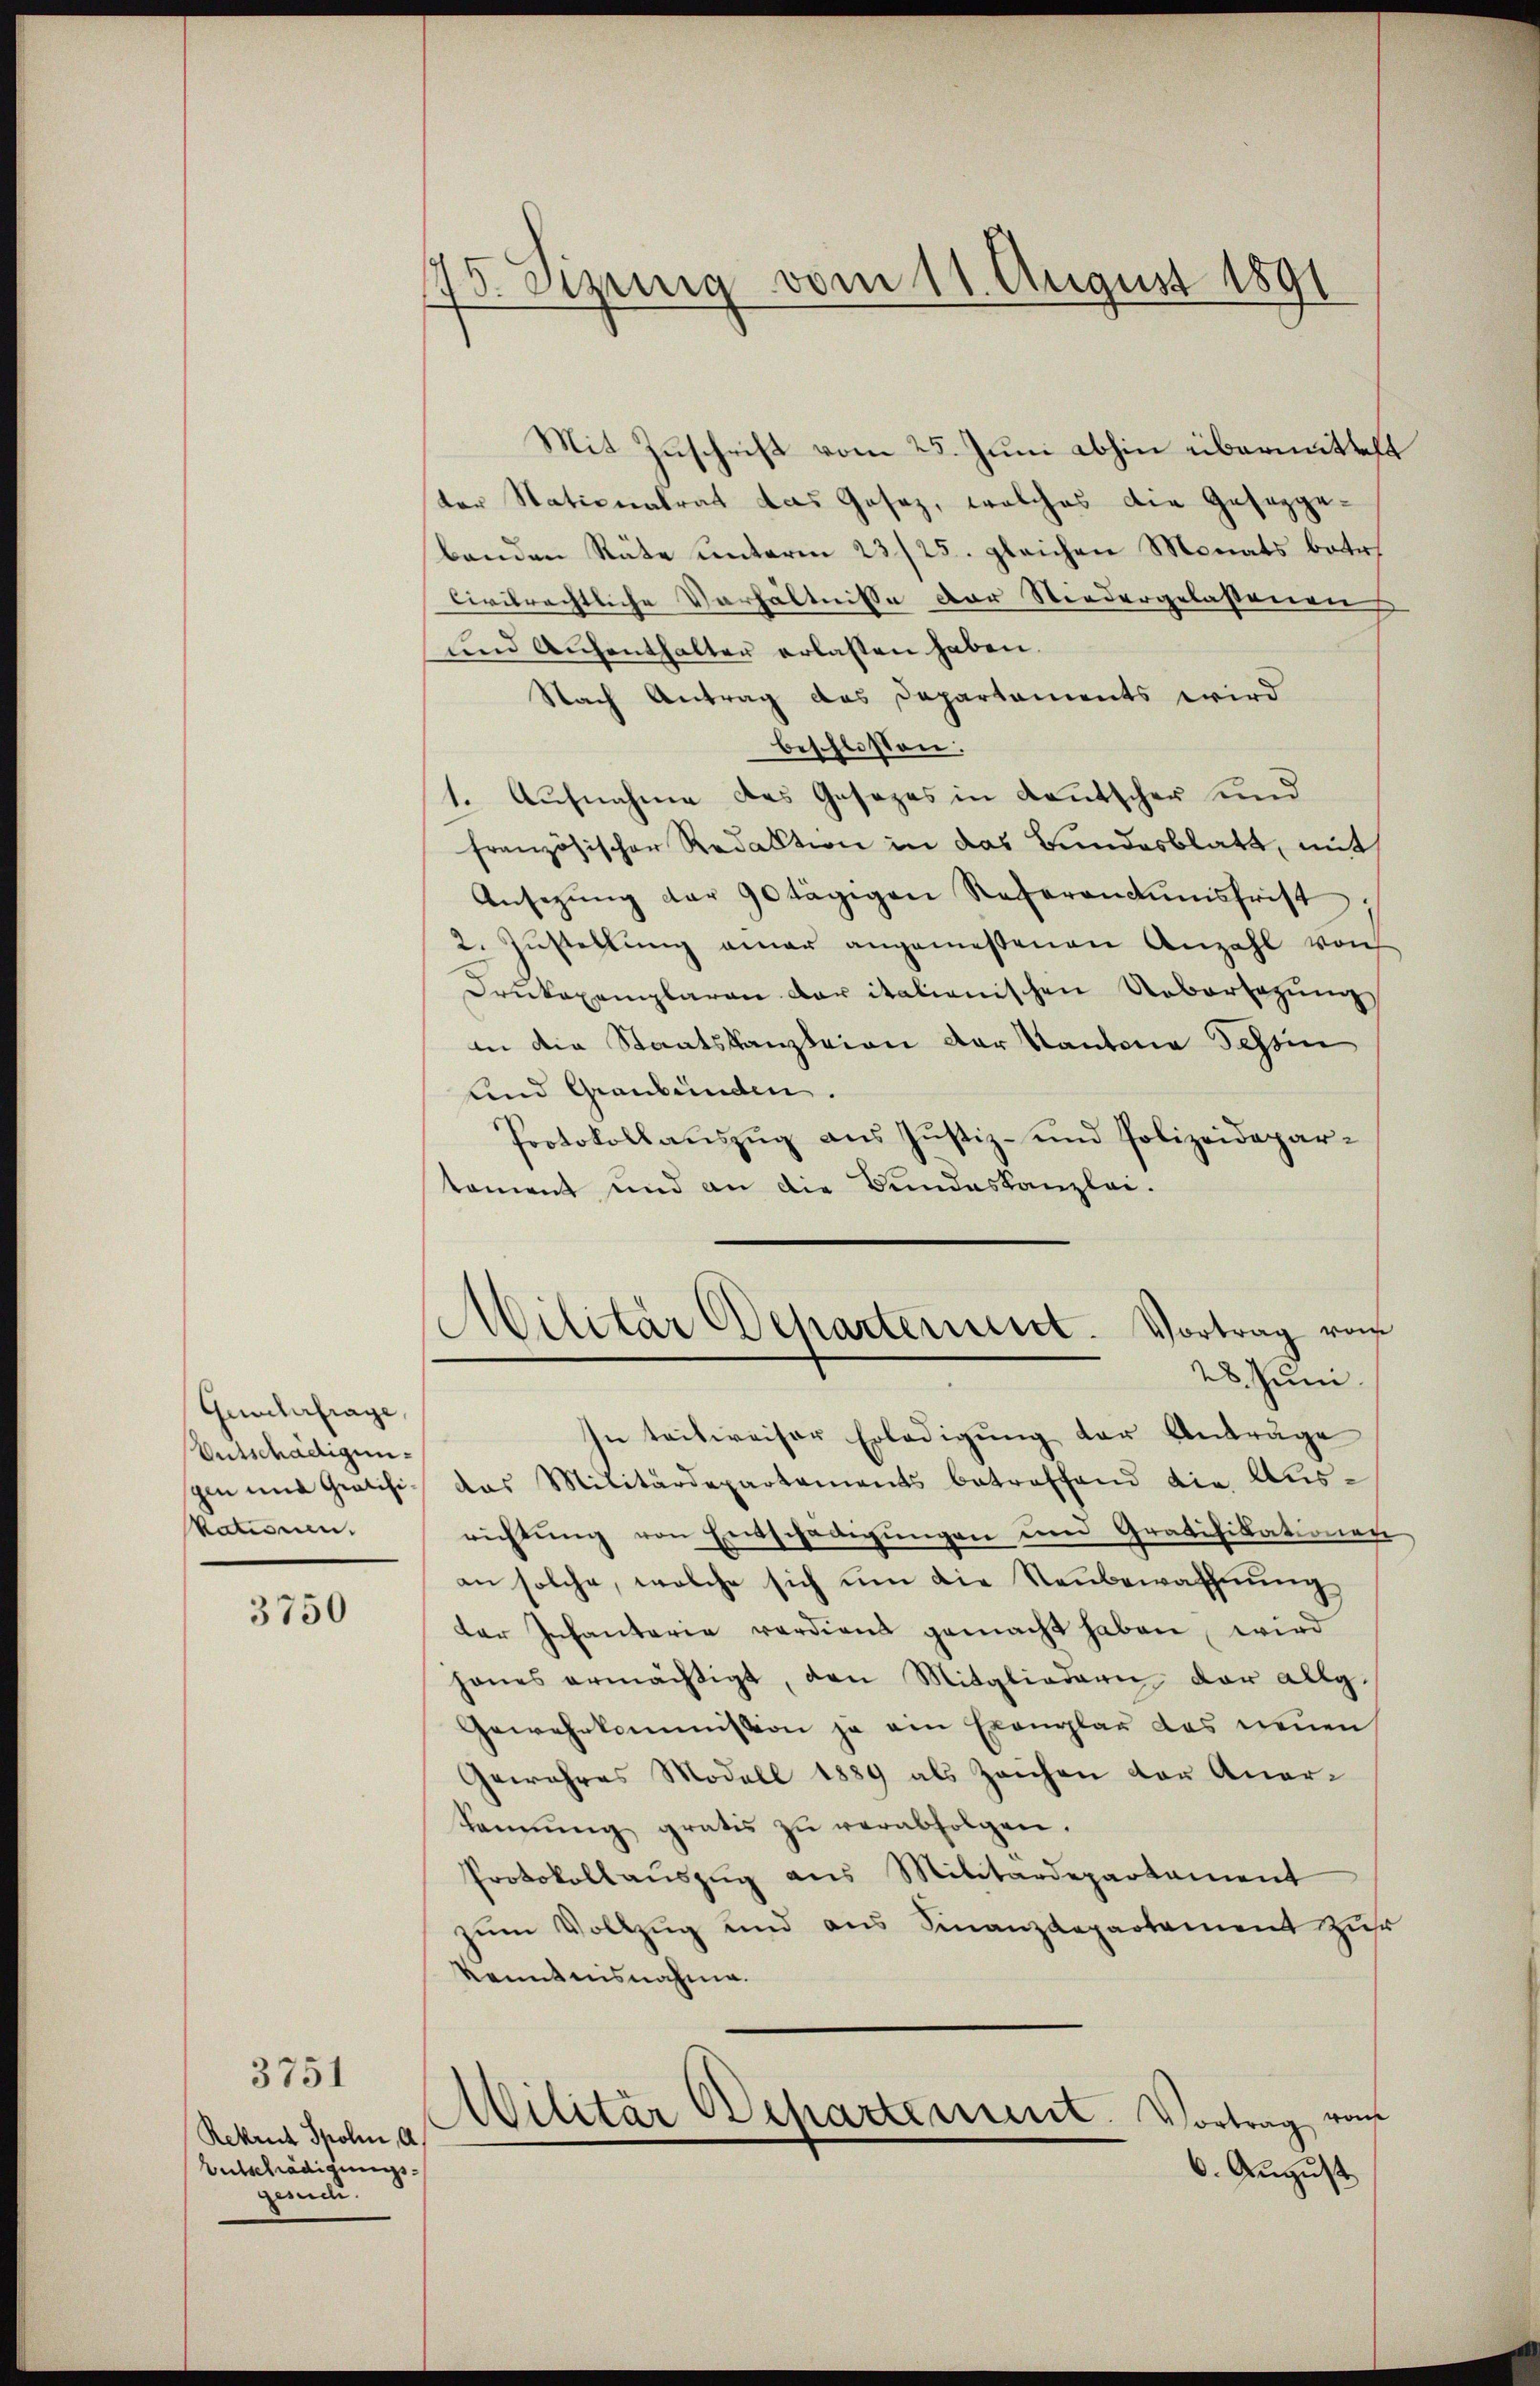
Geweberfrage
Entschädigunszen und Gratifikationen.

3750

Rekrut Spolin, 0
Entschädigungs
end.

3751

75. erzeig vom 11. August 1891

Mit Zuschrift vom 25. Juni abhin übermittel
ter Nationalrat das Gesetz, welches die Gesetzgebenden Räte unterm 23/25. gleichen Monats betr.
Civilrechtliche Verhältnisse der Niedergelassenen
und Aufenthalter erlassen haben.
Nach Antrag das Departaments wird
beschlossen:
1. Aufnahme des Gesezes in Deutscher und
französischer Redaktion in das Bundesblatt, mit
Ansezung der 90 tägigen Referantumsfrist
2. Zustellung einer angemessenen Anzahl von
Drukexemplaren der italienischen Uebersagung
in die Staatskanzleien der Kantone Tessin
und Graubünden.
Protokollauszug aus Justiz- und Polizeidepartament und an die Bundeskanzlei-
Militär Departerient. Vortrag vom
28. Juni.
In teilweiser Erledigung der Anträge
das Militärdepartements betreffend die Ausrichtŭng von Entschädigŭngen und Gratifikationen
an solche, welche sich um die Neubewahhnung,
der Infantaria verdient gemacht haben, wird
hanes ermächtigt, den Mitgliedern der allg.
Gewehrkommission ja ein Exemplar das neuen
Gewehres Modell 1889 als Zeichen der Aner¬
Sannŭng gratis zŭ verabfolgen.
Protokollaŭszŭg aus Militärdepartament
zum Vollzug und aus Finanzdepartement zur
kenntnisnahme.
Militär Departement. Vortrag von
6. August